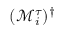
( \mathcal { M } _ { i } ^ { \tau } ) ^ { \dag }